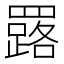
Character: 𦌕